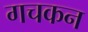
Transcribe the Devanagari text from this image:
गचकन